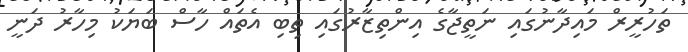
ތަހުރީރް މައިދާނުގައި ނަތީޖާގެ އިންތިޒާރުގައި ތިބި އެތައް ހާސް ބަޔަކު މިހާރު ދަނީ